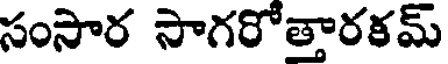
సంసార సాగరోత్తారకమ్